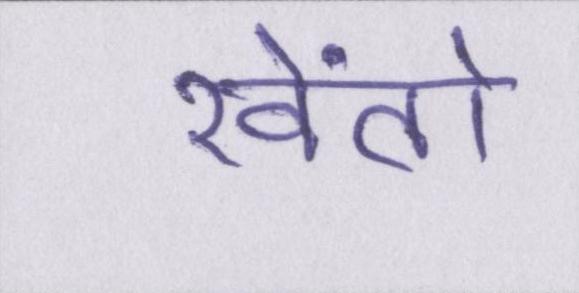
खेंतो